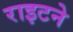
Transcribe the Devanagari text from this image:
राइटने